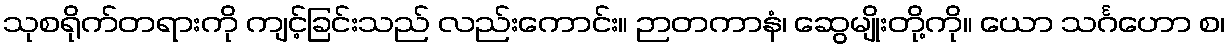
သုစရိုက်တရားကို ကျင့်ခြင်းသည် လည်းကောင်း။ ဉာတကာနံ၊ ဆွေမျိုးတို့ကို။ ယော သင်္ဂဟော စ၊